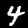
Digit: 4